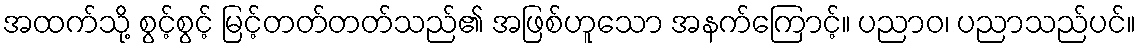
အထက်သို့ စွင့်စွင့် မြင့်တတ်တတ်သည်၏ အဖြစ်ဟူသော အနက်ကြောင့်။ ပညာဝ၊ ပညာသည်ပင်။